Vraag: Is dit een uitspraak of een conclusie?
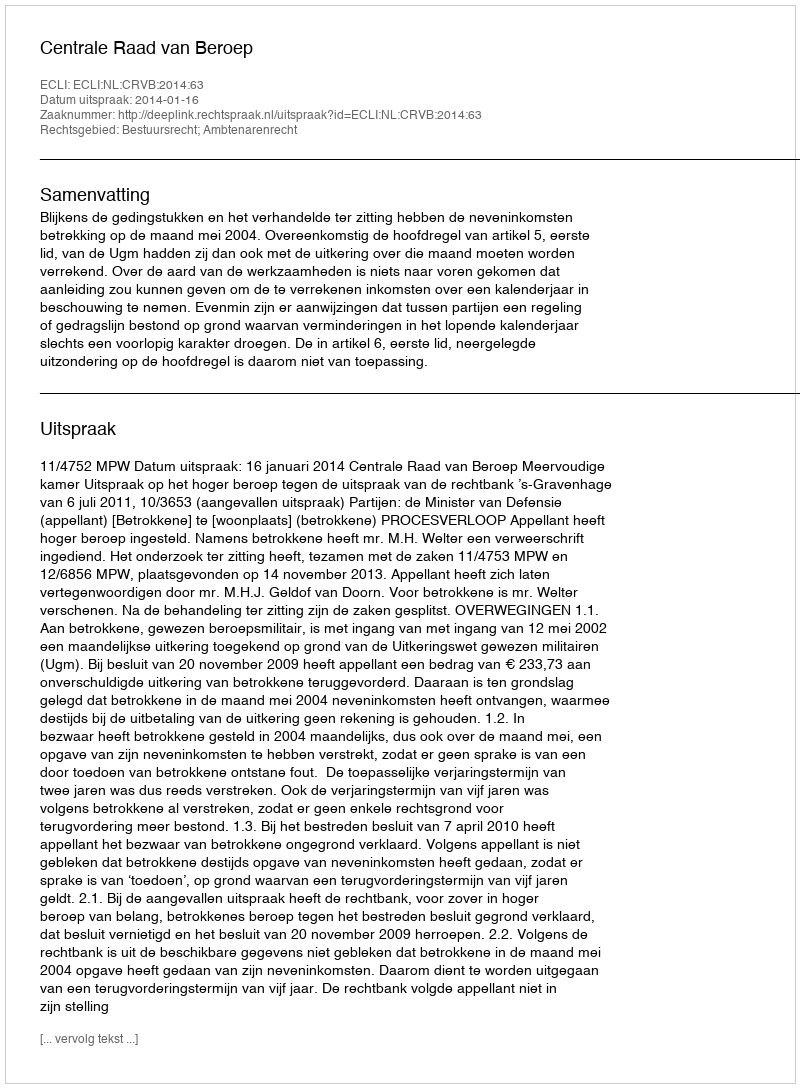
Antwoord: Uitspraak